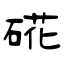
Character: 硴